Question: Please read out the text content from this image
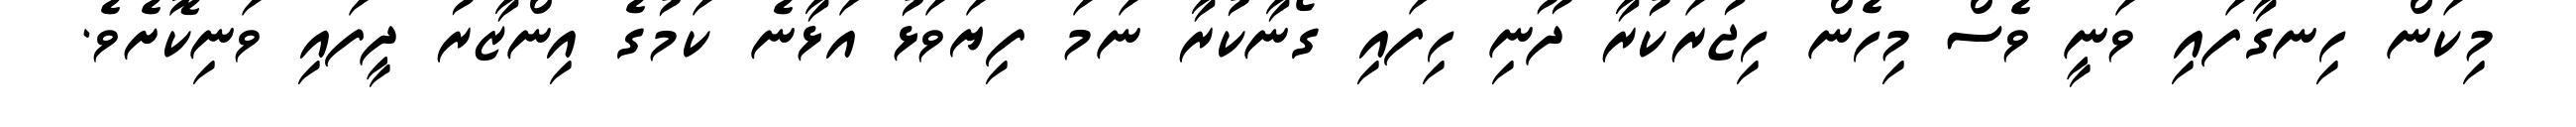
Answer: މިކަން ހިނގާފައި ވަނީ ވެސް މިހެން ހިޖުރަކުރާ ދޫނި ހިފައި ގޯނާކުރާ ނަމަ ފިޔަވަޅު އަޅާނެ ކަމުގެ އިންޒާރު ދީފައި ވަނިކޮށެވެ.